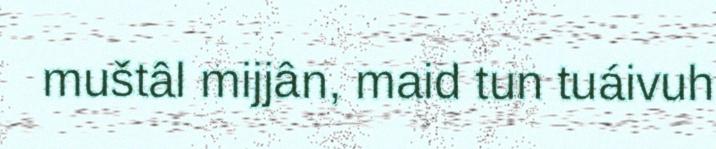
muštâl mijjân, maid tun tuáivuh